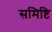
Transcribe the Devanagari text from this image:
समिष्टि